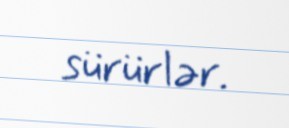
sürürlər.